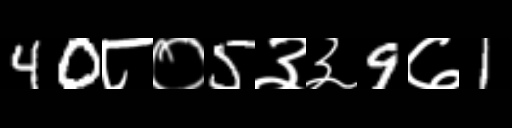
Text: 40८०5३३9७1